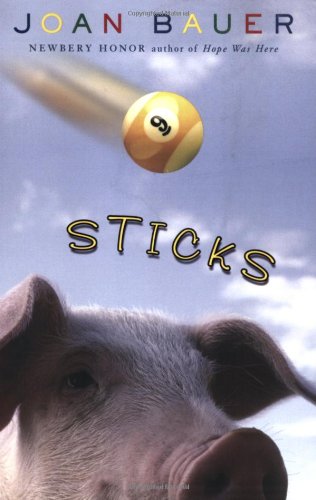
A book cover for Sticks; Joan Bauer; Sports & Outdoors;